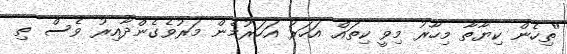
''ތިހެން ކިޔާތާ މިހާރު މިވީ ކިތައް އަހަރު އަހަރުމެން މަރުވެގެންދާއިރު ވެސް ތި